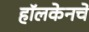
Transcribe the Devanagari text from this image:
हॉलकेनचे